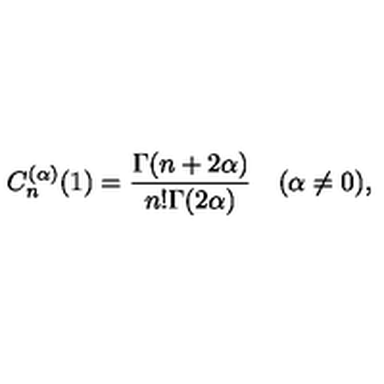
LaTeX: C _ { n } ^ { ( \alpha ) } ( 1 ) = { \frac { \Gamma ( n + 2 \alpha ) } { n ! \Gamma ( 2 \alpha ) } } \quad ( \alpha \neq 0 ) ,